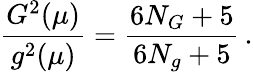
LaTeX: \frac{G^{2}(\mu)}{g^{2}(\mu)}=\frac{6N_{G}+5}{6N_{g}+5}\, .